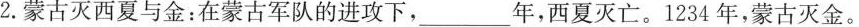
2.蒙古灭西夏与金：在蒙古军队的进攻下，___年，西夏灭亡。1234年，蒙古灭金。